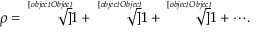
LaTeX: \rho = { \sqrt [ [object Object] ] { 1 + { \sqrt [ [object Object] ] { 1 + { \sqrt [ [object Object] ] { 1 + \cdots } } } } } } .